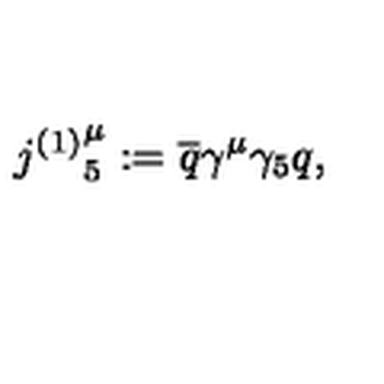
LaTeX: { j ^ { ( 1 ) } } _ { 5 } ^ { \mu } : = \overline { { q } } \gamma ^ { \mu } \gamma _ { 5 } q ,